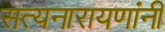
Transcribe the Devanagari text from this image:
सत्यनारायणांनी